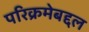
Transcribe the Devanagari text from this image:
परिक्रमेबद्दल